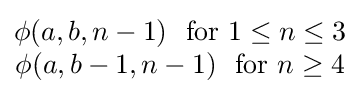
{\begin{matrix}\phi (a,b,n-1)\ {\text{ for }}1\leq n\leq 3\\\phi (a,b-1,n-1)\ {\text{ for }}n\geq 4\end{matrix}}